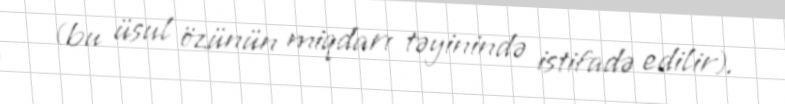
(bu üsul özünün miqdarı təyinində istifadə edilir).